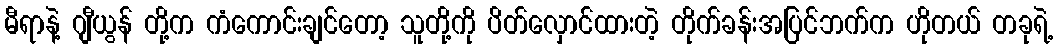
မီရာနဲ့ ဂျီယွန် တို့က ကံကောင်းချင်တော့ သူတို့ကို ပိတ်လှောင်ထားတဲ့ တိုက်ခန်းအပြင်ဘက်က ဟိုတယ် တခုရဲ့